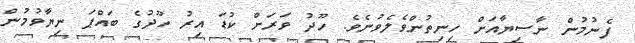
ފެނުމުން ނާސިޔާއަށް ހިނިތުންވެލެވުނެވެ. ހޫދު ވަރަށް ކުޑަ އިރު ހޫދުގެ ބައްޕަ ނިޔާވުމުން